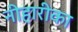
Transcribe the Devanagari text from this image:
नीहारीका